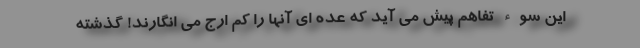
این سوء تفاهم پیش می آید که عده ای آنها را کم ارج می انگارند! گذشته